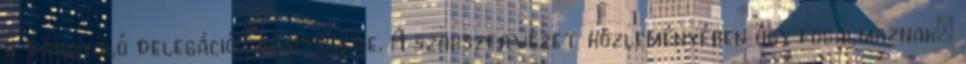
a tárgyaló delegáció erősítésére. A szakszervezet közleményében úgy fogalmaznak: